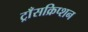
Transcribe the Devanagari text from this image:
ट्राँसक्रिप्शन